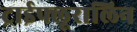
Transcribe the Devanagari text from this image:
ट्राईफ्लूरालिन